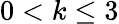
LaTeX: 0<k\leq 3